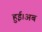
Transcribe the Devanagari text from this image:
हुई।अब